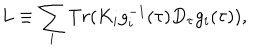
LaTeX: L \equiv \sum _ { i } T r ( K _ { i } g _ { i } ^ { - 1 } ( \tau ) D _ { \tau } g _ { i } ( \tau ) ) ,